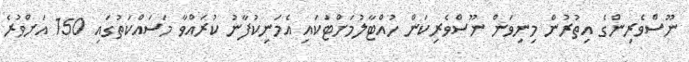
ނޫސްވެރިންގެ އިތުރުން މިނިވަން ނޫސްވެރިކަން ހުއްްޓާލުމަށްޓަކައި އެމަނިކުފާނު ކުރައްވާ މަސައްކަތުގައި 150 އަށްވުރެ